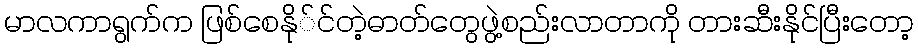
မာလကာရွက်က ဖြစ်စေနို်င်တဲ့ဓာတ်တွေဖွဲ့စည်းလာတာကို တားဆီးနိုင်ပြီးတော့